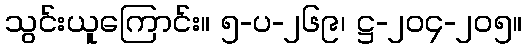
သွင်းယူကြောင်း။ ၅-ပ-၂၆၉၊ ဋ္ဌ-၂၀၄-၂၀၅။